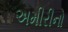
અમીરીનો